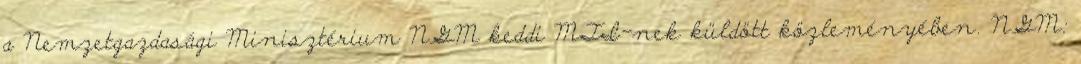
a Nemzetgazdasági Minisztérium NGM keddi MTI-nek küldött közleményében. NGM: